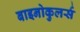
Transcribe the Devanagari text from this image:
बाइनोकुलर्स